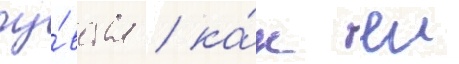
чу́вства / ка́к еи